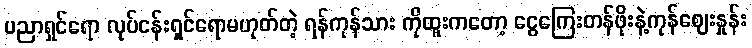
ပညာရှင်ရော လုပ်ငန်းရှင်ရောမဟုတ်တဲ့ ရန်ကုန်သား ကိုထူးကတော့ ငွေကြေးတန်ဖိုးနဲ့ကုန်ဈေးနှုန်း